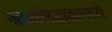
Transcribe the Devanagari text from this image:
जालसिद्धांतामध्ये